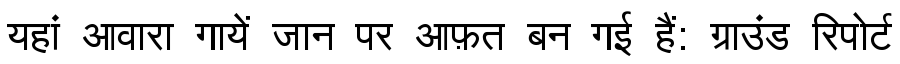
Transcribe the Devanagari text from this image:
यहां आवारा गायें जान पर आफ़त बन गई हैं: ग्राउंड रिपोर्ट